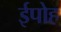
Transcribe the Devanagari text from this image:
ईपोह